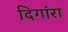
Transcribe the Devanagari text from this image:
दिगांरा